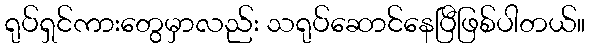
ရုပ်ရှင်ကားတွေမှာလည်း သရုပ်ဆောင်နေပြီဖြစ်ပါတယ်။